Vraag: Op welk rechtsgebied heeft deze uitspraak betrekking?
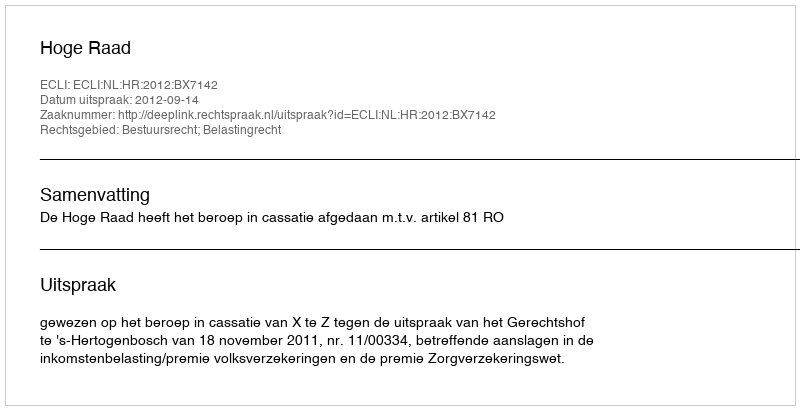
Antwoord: Bestuursrecht; Belastingrecht